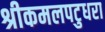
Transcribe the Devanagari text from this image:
श्रीकमलपटुधरा